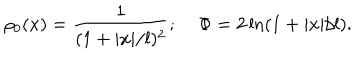
\rho _ { 0 } ( x ) = { \frac { 1 } { ( 1 + | x | / l ) ^ { 2 } } } ; \; \Phi = 2 \ln ( 1 + | x | / l ) .